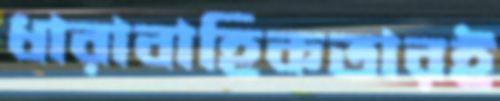
ধারাবাহিকতারই